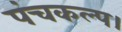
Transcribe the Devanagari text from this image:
पंचकल्प।